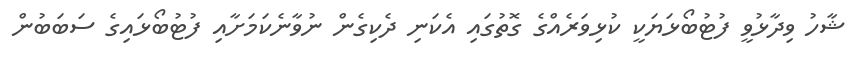
ޝާހު ވިދާޅުވީ ފުޓުބޯޅަޔަކީ ކުޅިވަރެއްގެ ގޮތުގައި އެކަނި ދެކިގެން ނުވާނެކަމަށާއި ފުޓުބޯޅައިގެ ސަބަބުން